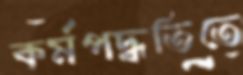
কর্মপদ্ধতিতে